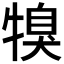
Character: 𤚯